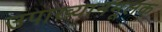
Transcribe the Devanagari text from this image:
उपाख्यानमूलक